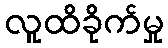
လူထိခိုက်မှု